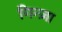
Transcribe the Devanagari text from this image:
गिन्ज़ा